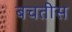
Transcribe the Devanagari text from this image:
बचतीस